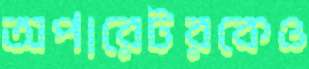
অপারেটরকেও